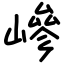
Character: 㠁